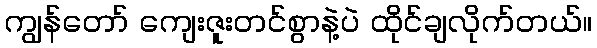
ကျွန်တော် ကျေးဇူးတင်စွာနဲ့ပဲ ထိုင်ချလိုက်တယ်။